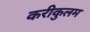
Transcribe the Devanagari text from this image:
करीकुलम